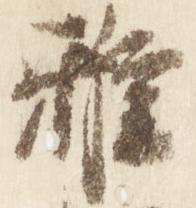
雅